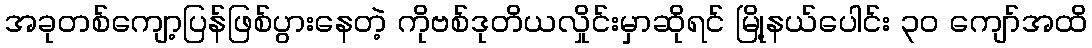
အခုတစ်ကျော့ပြန်ဖြစ်ပွားနေတဲ့ ကိုဗစ်ဒုတိယလှိုင်းမှာဆိုရင် မြို့နယ်ပေါင်း ၃၀ ကျော်အထိ